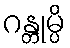
ဂန္တုမ္ပိ